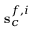
{ \bf s } _ { c } ^ { f , i }